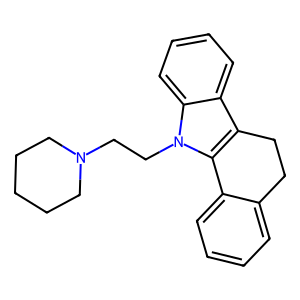
SMILES: c1ccc2c(c1)CCc1c-2n(CCN2CCCCC2)c2ccccc12
Inhibits HIV replication: No